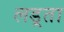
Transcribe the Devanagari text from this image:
लड़्ता